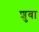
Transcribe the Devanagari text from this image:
शुबा